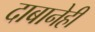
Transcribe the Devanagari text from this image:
दाबानेही